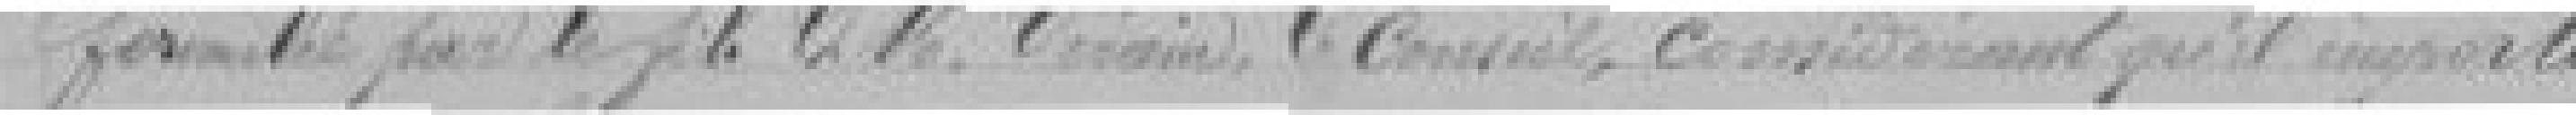
formulé par le fils de Monsieur VERAIN. Le Conseil, considérant qu'il importe